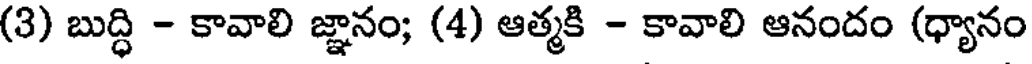
(3) బుద్ధి - కావాలి జ్ఞానం; (4) ఆత్మకి - కావాలి ఆనందం (ధ్యానం